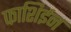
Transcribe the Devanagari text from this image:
फाशिईन